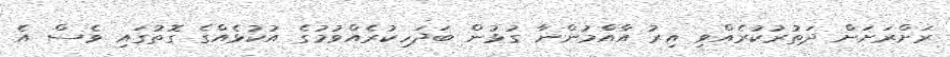
ރަށްރަށަށް ދަތުރުކުރެއްވި އިރު އާއްމުންނާ ގުޅުން ބަދަހިކުރެއްވުމުގެ އުކުޅެއްގެ ގޮތުގައި ވެސް އެ